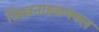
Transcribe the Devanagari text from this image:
तिरुवनाइकणवल